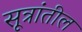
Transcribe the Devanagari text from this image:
सूत्रांतील